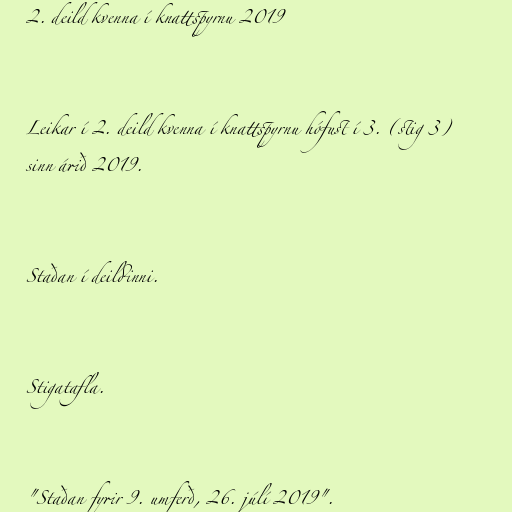
2. deild kvenna í knattspyrnu 2019

Leikar í 2. deild kvenna í knattspyrnu hófust í 3. (stig 3)
sinn árið 2019.

Staðan í deildinni.

Stigatafla.

"Staðan fyrir 9. umferð, 26. júlí 2019".